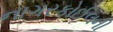
નાગરકોઈલની